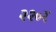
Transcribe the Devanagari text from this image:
२२०र